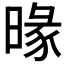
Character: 𣈬